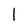
Character: l